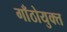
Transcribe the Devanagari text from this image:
गाँठोयुक्त